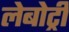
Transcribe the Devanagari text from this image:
लेबोट्री